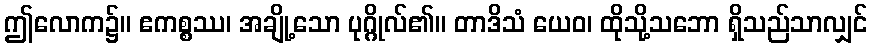
ဤလောက၌။ ဧကစ္စဿ၊ အချို့သော ပုဂ္ဂိုလ်၏။ တာဒိသံ ယေဝ၊ ထိုသို့သဘော ရှိသည်သာလျှင်